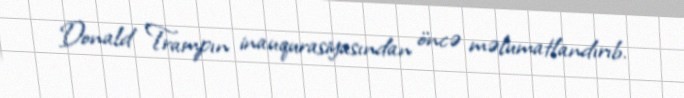
Donald Trampın inauqurasiyasından öncə məlumatlandırıb.